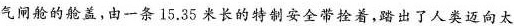
气闸舱的轮盖，由一条15.35米长的转制安全带拴着，踏出了人类迈向太